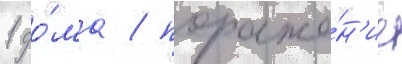
1 до́ма / пораже́н'ие